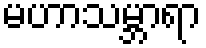
မဟာသမ္ဘာရာ